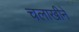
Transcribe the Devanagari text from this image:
चलाखीने